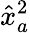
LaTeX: \hat{x}_{a}^{2}